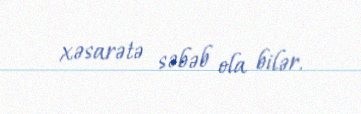
xəsarətə səbəb ola bilər.